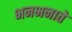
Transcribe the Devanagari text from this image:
भनभनाते